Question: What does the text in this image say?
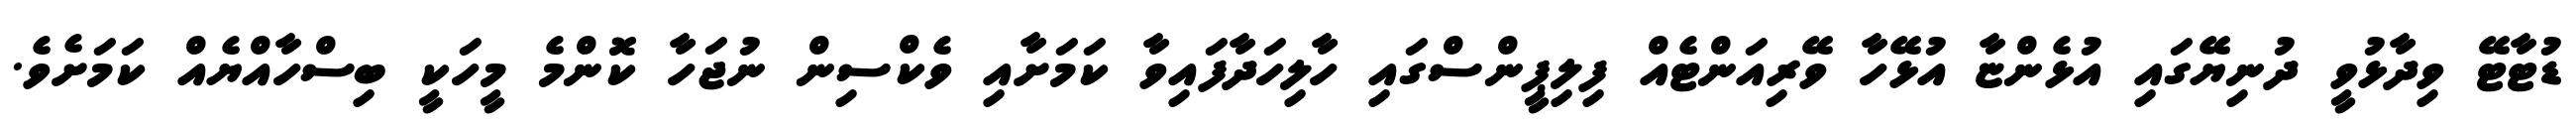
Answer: ޑުޓާޓޭ ވިދާޅުވީ ދުނިޔޭގައި އުޅެންޏާ އުޅޭހާ ވޭރިއަންޓެއް ފިލިޕީންސްގައި ހާލިހަދާފައިވާ ކަމަށާއި ވެކްސިން ނުޖަހާ ކޮންމެ މީހަކީ ބިސްހާއްޔެއް ކަމަށެވެ.